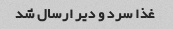
غذا سرد و دیر ارسال شد